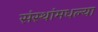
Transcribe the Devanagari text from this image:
संस्थांमधल्या